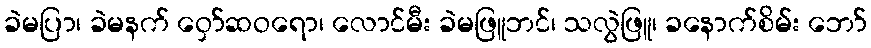
ခဲမပြာ၊ ခဲမနက် ဝှော်ဆဝရော၊ လောင်မီး ခဲမဖြူဘင်၊ သလွဲဖြူ၊ ခနောက်စိမ်း ဘော်